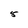
Character: 5